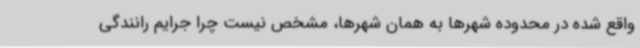
واقع شده در محدوده شهرها به همان شهرها، مشخص نیست چرا جرایم رانندگی